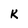
Character: K